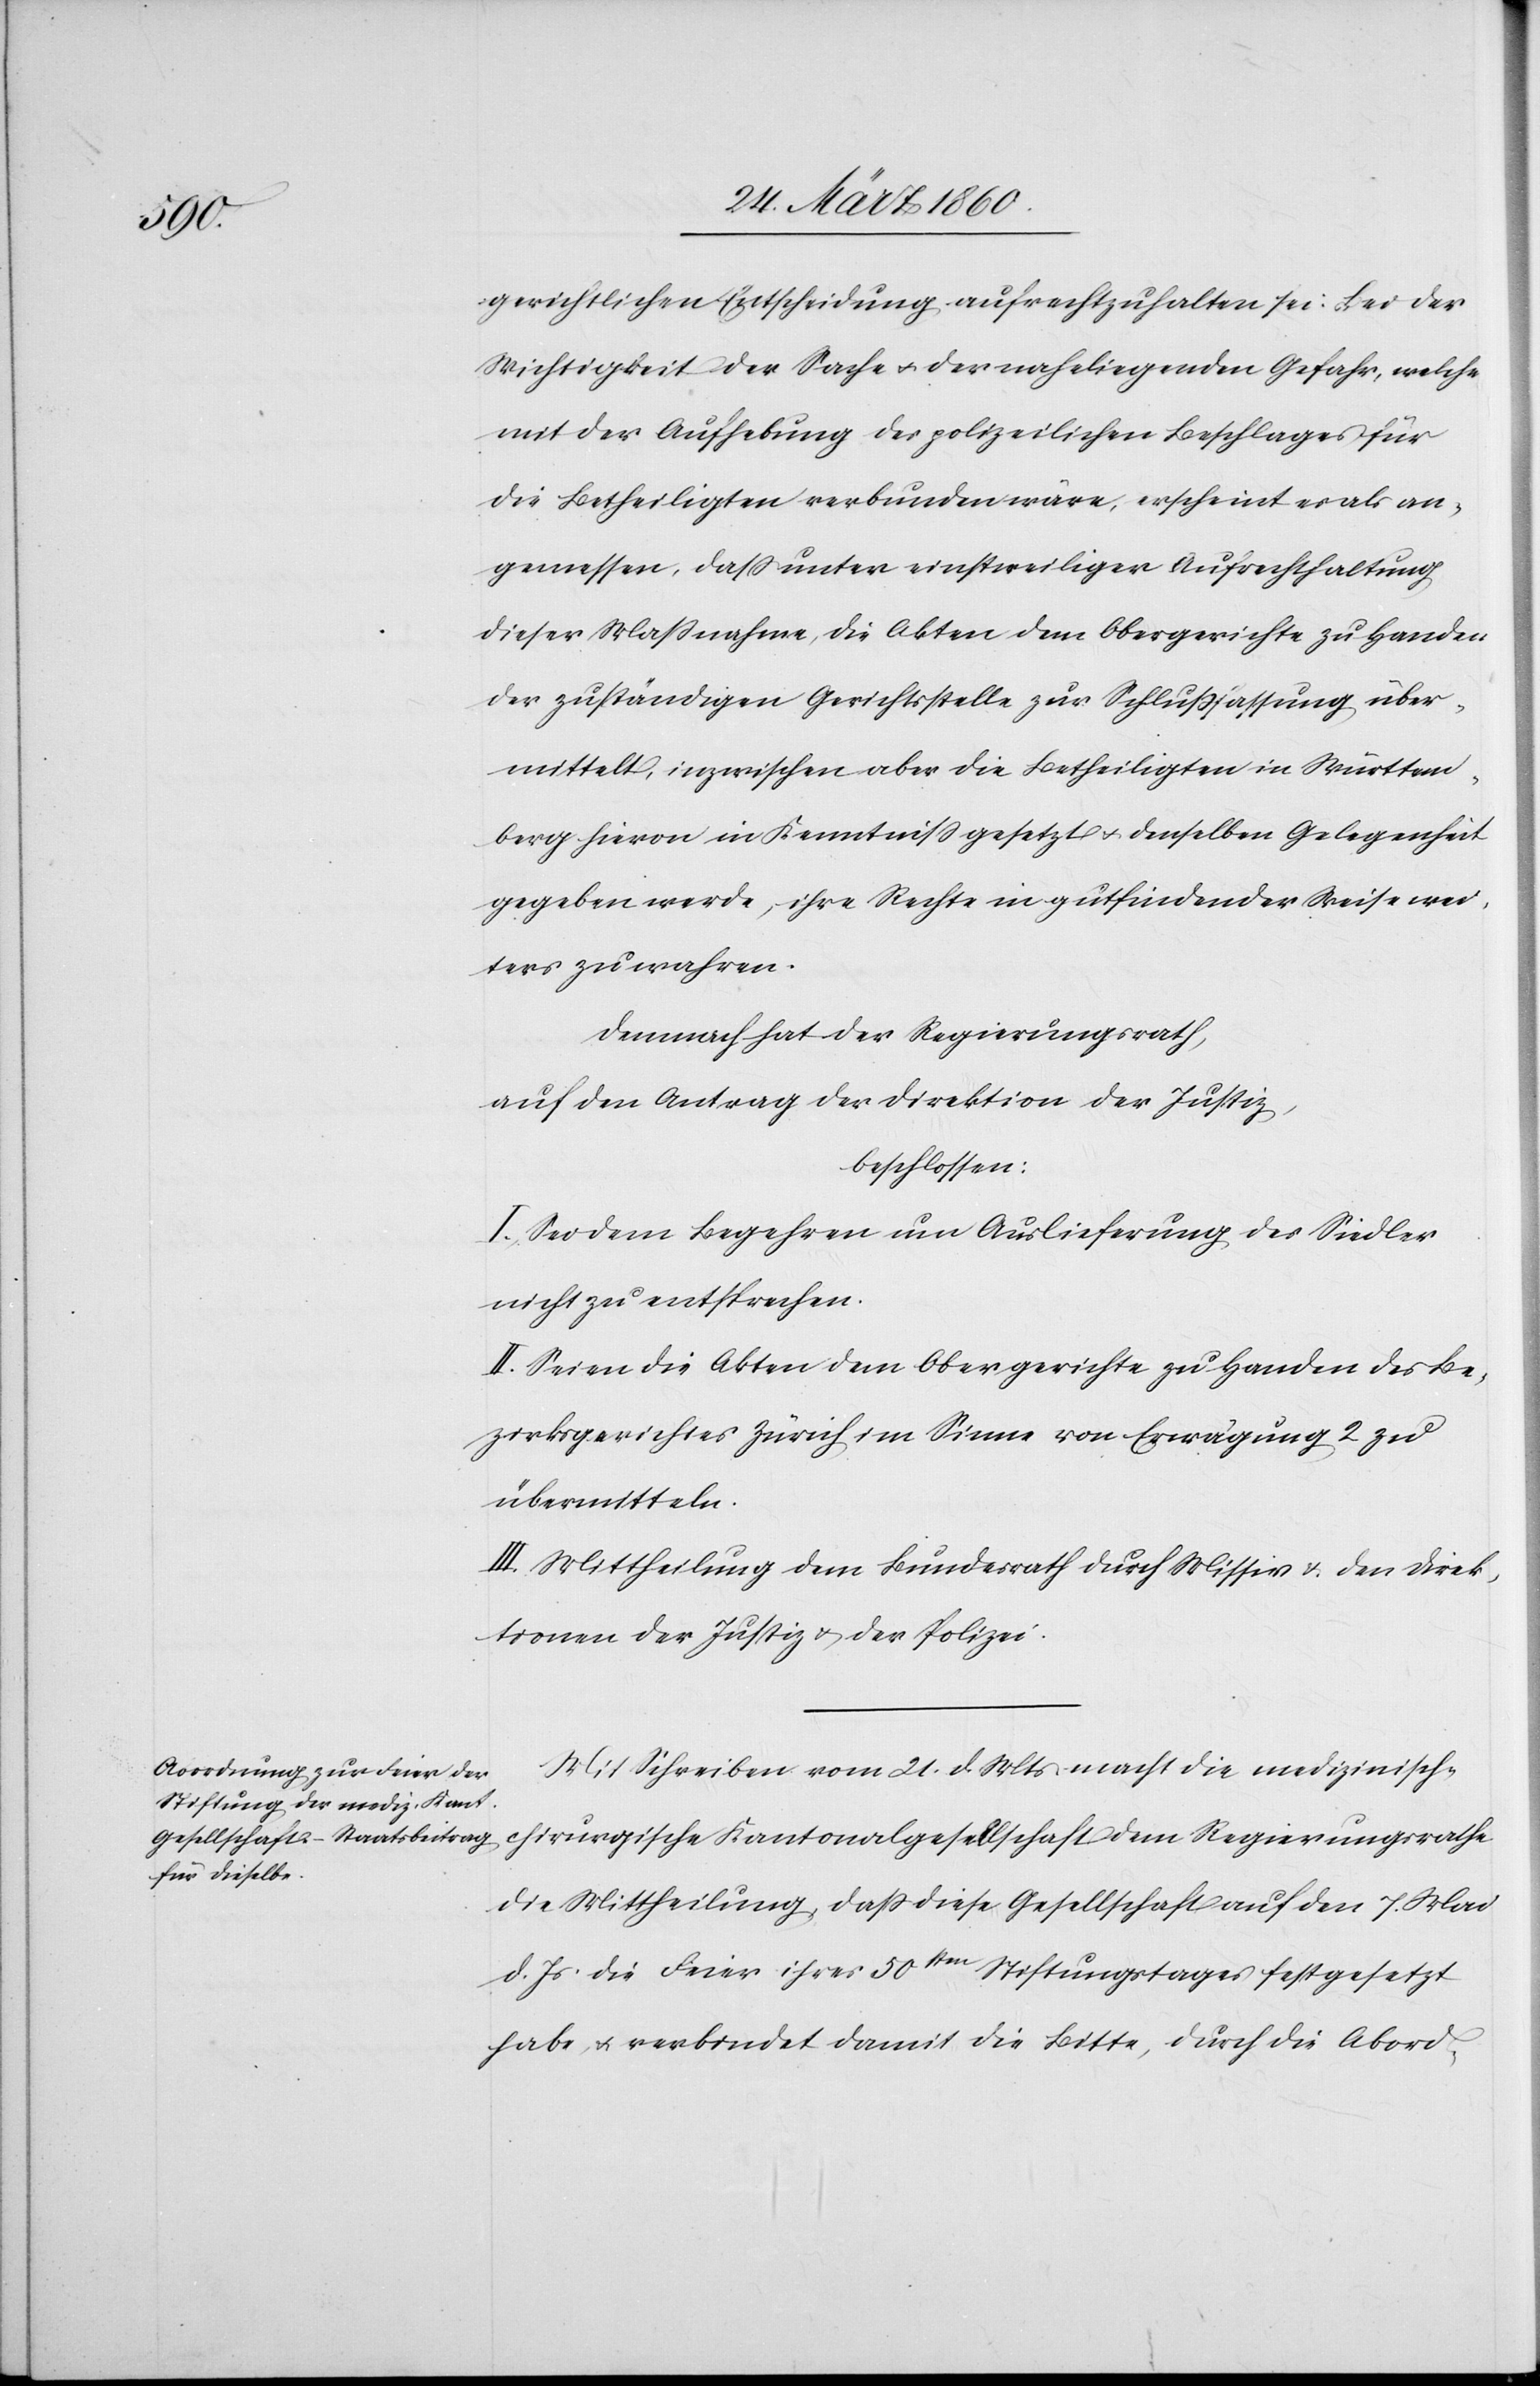
gerichtlichen Entscheidung aufrechtzuhalten sei. Bei der
Wichtigkeit der Sache u. der naheliegenden Gefahr, welche
mit der Aufhebung des polizeilichen Beschlages für
die Betheiligten verbunden wäre, erscheint es als an¬
gemessen, dass unter einstweiliger Aufrechthaltung
dieser Maßnahme, die Akten dem Obergerichte zu Handen
der zuständigen Gerichtsstelle zur Schlussfassung über¬
mittelt, inzwischen aber die Betheiligten in Württem¬
berg hievor in Kenntniss gesetzt u. denselben Gelegenheit
gegeben werde, ihre Rechte in gutfindender Weise wei¬
ters zu wahren.
Demnach hat der Regierungsrath,
auf den Antrag der Direktion der Justiz,
beschlossen:
I. Sei dem Begehren um Auslieferung des Siedler
nicht zu entsprechen.
II. seien die Akten dem Obergerichte zu Handen des Be¬
zirksgerichtes Zürich im Sinne von Erwägung 2 zu
übermitteln.
III. Mittheilung dem Bundesrath durch Missiv[e] u. den Direk¬
tionen der Justiz u. der Polizei.
Mit Schreiben vom 21. d. Mts. macht die medizinisch-c¬
hirurgische Kantonalgesellschaft dem Regierungsrathe
die Mittheilung, dass diese Gesellschaft auf den 7. Mai
d. Js. die Feier ihres 50sten Stiftungstages festgesetzt
habe u. verbindet damit die Bitte, durch die Abord-